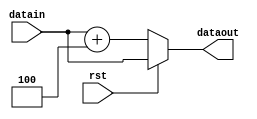
`timescale 1ns / 1ps
//////////////////////////////////////////////////////////////////////////////////
// Company: 
// Engineer: 
// 
// Design Name: 
// Module Name: nPC
// Project Name: 
// Target Devices: 
// Tool Versions: 
// Description: 
// 
// Dependencies: 
// 
// Revision:
// Revision 0.01 - File Created
// Additional Comments:
// 
//////////////////////////////////////////////////////////////////////////////////


module nPC(
    input [31:0] datain,
    input rst,
    output reg [31:0] dataout
    );
    always @(*)begin
        if(rst)
            dataout = datain;
        else
            dataout = datain + 4;
    end
endmodule